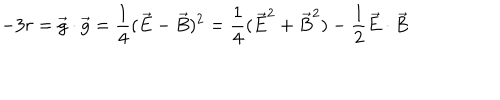
- 3 r = \vec { g } \cdot \vec { g } = \frac { 1 } { 4 } ( \vec { E } - \vec { B } ) ^ { 2 } = \frac { 1 } { 4 } ( \vec { E } ^ { 2 } + \vec { B } ^ { 2 } ) - \frac { 1 } { 2 } \vec { E } \cdot \vec { B }